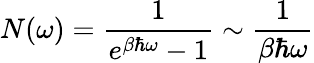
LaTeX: N(\omega)=\frac{1}{e^{\beta\hbar\omega}-1}\sim\frac{1}{\beta\hbar\omega}